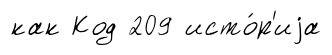
как Код 209 исто́р'иjа